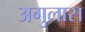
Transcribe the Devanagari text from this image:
अगुलास